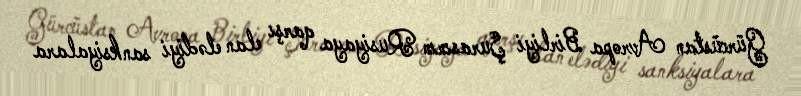
Gürcüstan Avropa Birliyi Şurasının Rusiyaya qarşı elan elədiyi sanksiyalara